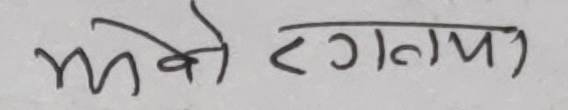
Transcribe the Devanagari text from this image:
भले रगतमा